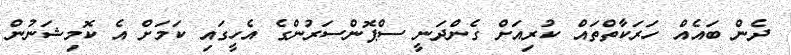
ދެން ބައެއް ހަރަކާތްތައް ކުރިއަށް ގެންދަނީ ސްޕޮންސަރުންގެ އެހީގައި ކަމަށް އެ ކޮމިޝަނުން